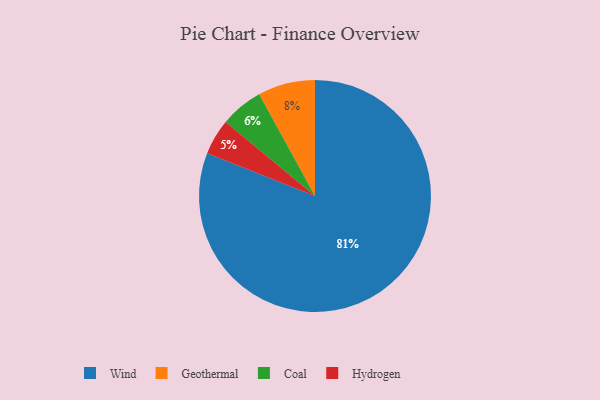
{"axis": {"x": "Category", "y": "Percentage"}, "legend": ["Coal", "Geothermal", "Hydrogen", "Wind"], "data": [{"x": "Coal", "y": 6, "type": "Coal"}, {"x": "Geothermal", "y": 8, "type": "Geothermal"}, {"x": "Hydrogen", "y": 5, "type": "Hydrogen"}, {"x": "Wind", "y": 81, "type": "Wind"}]}